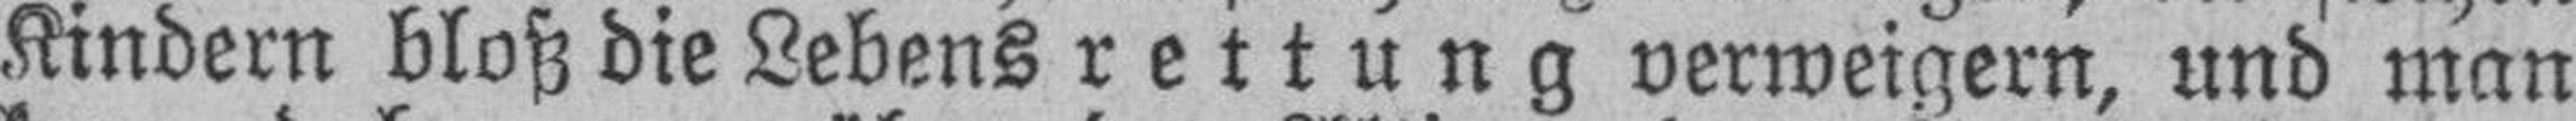
Kindern bloß die Lebens rettung verweigern, und man